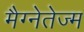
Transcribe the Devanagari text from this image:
मैग्नेतेज्म